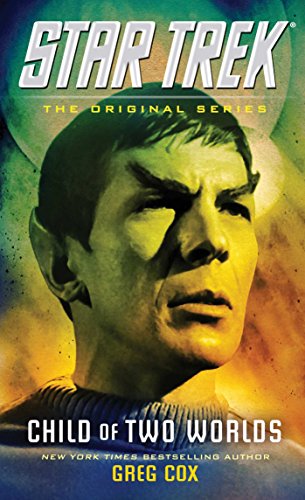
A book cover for Child of Two Worlds (Star Trek: The Original Series); Greg Cox; Science Fiction & Fantasy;